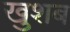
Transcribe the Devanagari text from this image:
खुशब